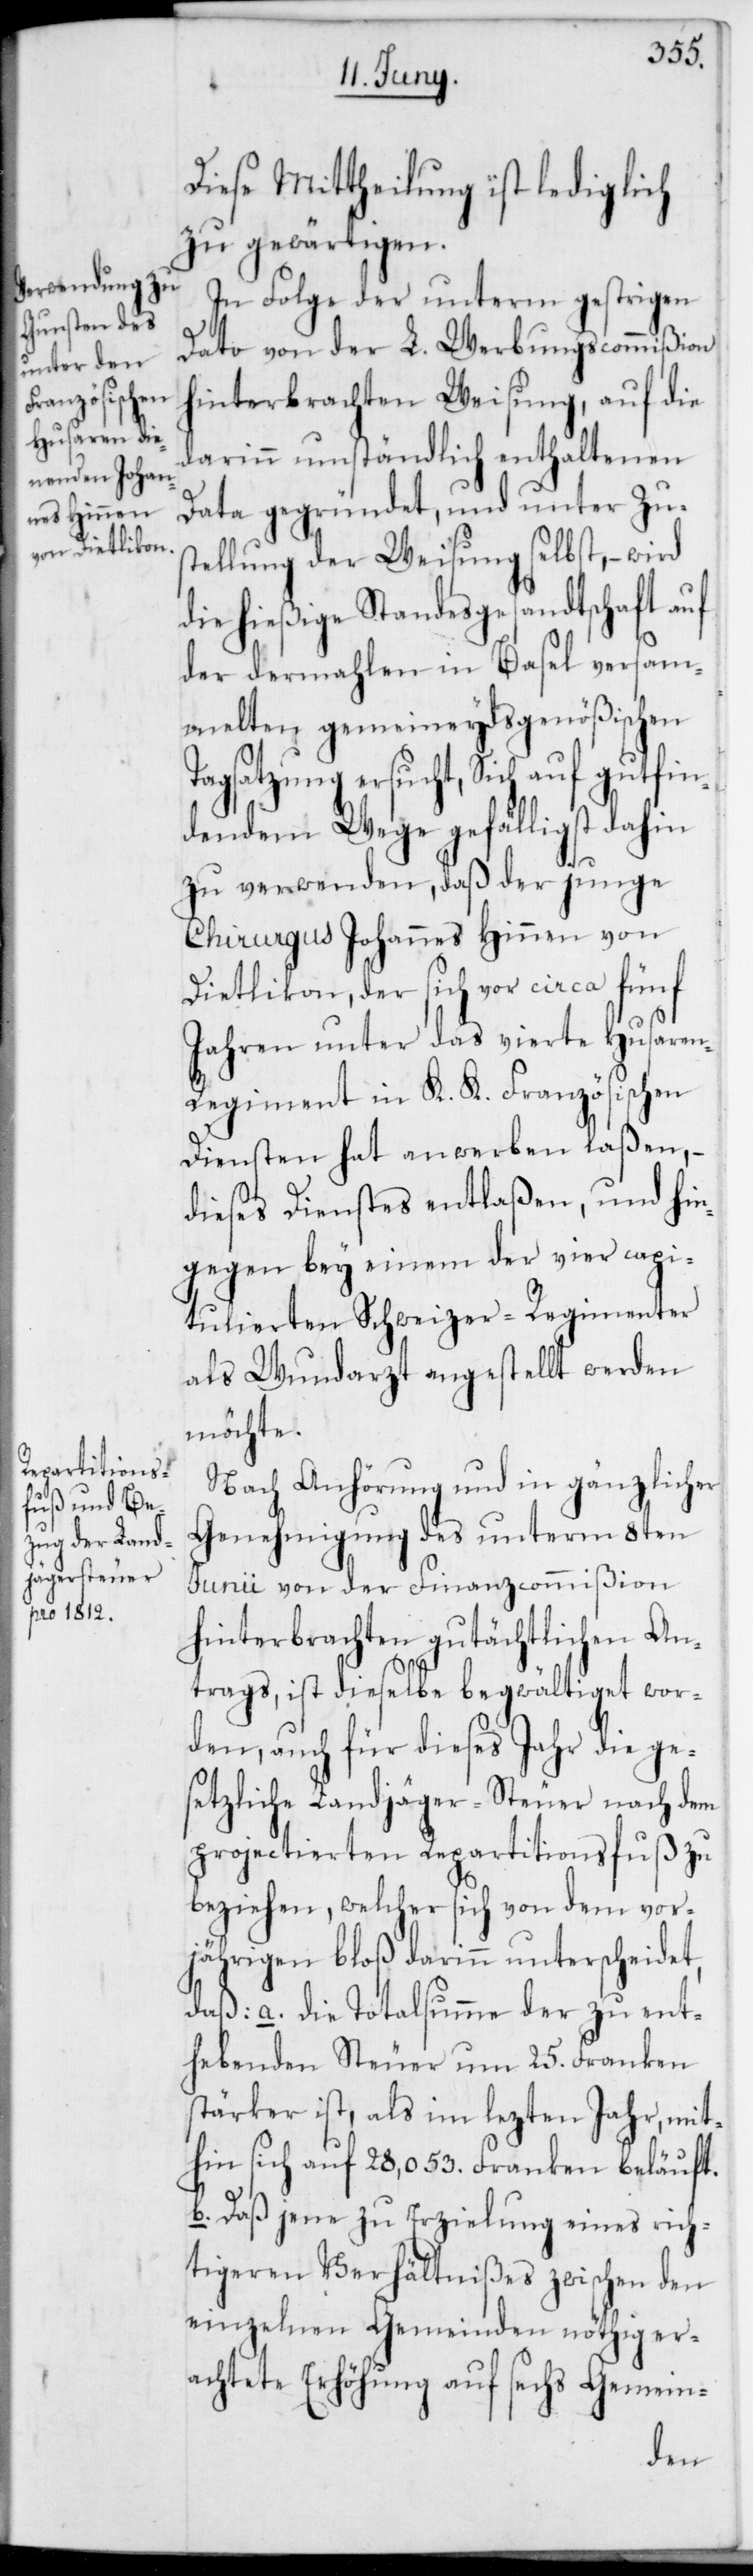
Diese Mittheilung ist lediglich
zu gewärtigen.
In Folge der unterm gestrigen
Dato von der L. Werbungscommißion
hinterbrachten Weisung, auf die
darinn umständlich enthaltenen
Data gegründet, und unter Zu¬
stellung der Weisung selbst, – wird
die hießige Standesgesandtschaft auf
der dermahlen in Basel versam¬
melten, gemeineydsgenößischen T¬
agsatzung ersucht, Sich auf gutfi¬
ndendem Wege gefälligst dahin
zu verwenden, daß der junge
Chirurgus Johannes Hinnen von
Dietlikon, der sich vor circa fünf
Jahren unter das vierte Husare¬
n-Regiment in K. K. Französischen
Diensten hat anwerben laßen, –
dieses Dienstes entlaßen, und hin¬
gegen bey einem der vier capi¬
tulierten Schweizer-Regimenter
als Wundarzt angestellt werden
möchte.
Nach Anhörung und in gänzlicher
Genehmigung des unterm 8ten
Junii von der Finanzcommißion
hinterbrachten gutächtlichen An¬
trags, ist dieselbe begwältiget wor¬
den, auch für dieses Jahr die ge¬
setzliche Landjäger-Steuer nach dem
projectierten Repartitionsfuß zu
beziehen, welcher sich von dem vor¬
jährigen bloß darinn unterscheidet,
a. die Totalsumme der zu ent¬
hebenden Steuer um 25. Franken
stärker ist, als im lezten Jahr, mit¬
hin sich auf 28,053. Franken beläuft.
b. Daß jene zu Erzielung eines rich¬
tigeren Verhältnißes zwischen den
einzelnen Gemeinden nöthig er¬
achtete Erhöhung auf sechs Gemein-